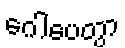
ဂေါပေတွာ